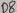
Text: D7